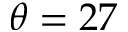
\theta = 2 7